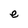
Character: e